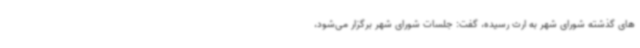
های گذشته شورای شهر به ارث رسیده، گفت: جلسات شورای شهر برگزار می‌شود،